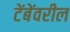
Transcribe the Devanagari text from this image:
टेंबेंवरील